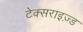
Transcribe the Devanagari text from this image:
टेक्सराइज़्ड